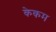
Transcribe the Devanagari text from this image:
केकम